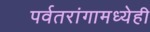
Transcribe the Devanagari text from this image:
पर्वतरांगामध्येही